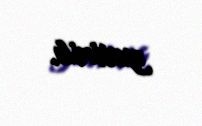
yetirib.